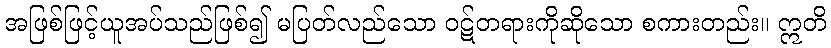
အဖြစ်ဖြင့်ယူအပ်သည်ဖြစ်၍ မပြတ်လည်သော ဝဋ်တရားကိုဆိုသော စကားတည်း။ ဣတိ